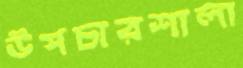
উপচারশালা